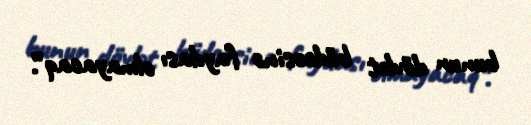
bunun dövlət büdcəsinə faydası olmayacaq”.